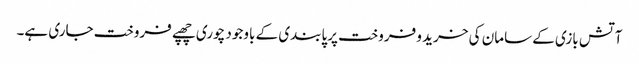
آتش بازی کے سامان کی خرید و فروخت پرپابندی کے باوجود چوری چھپے فروخت جاری ہے۔